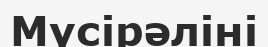
Мүсірәліні